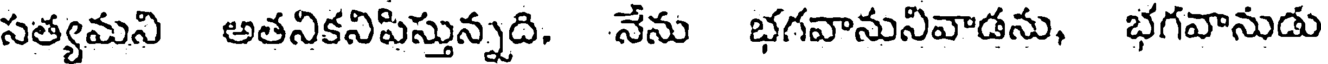
సత్యమని అతనికనిపిస్తున్నది. నేను భగవానునివాడను, భగవానుడు